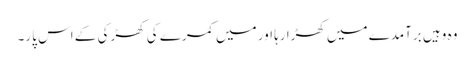
وہ وہیں برآمدے میں کھڑا رہا اور میں کمرے کی کھڑکی کے اس پار۔